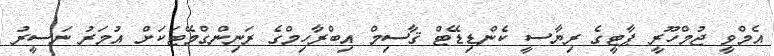
އެމްވީ ޖުމްހޫރީ ޕާޓީގެ ރިޔާސީ ކެންޑިޑޭޓް ޤާސިމް އިބްރާހިމްގެ ރަނިންގްމޭޓަކަށް އުމަރު ނަސީރު